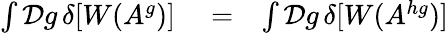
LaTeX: \begin{array}{rlr}{\int{\cal D}g\, \delta[W(A^{g})]}&{{}=}&{\int{\cal D}g\, \delta[W(A^{hg})]}\end{array}